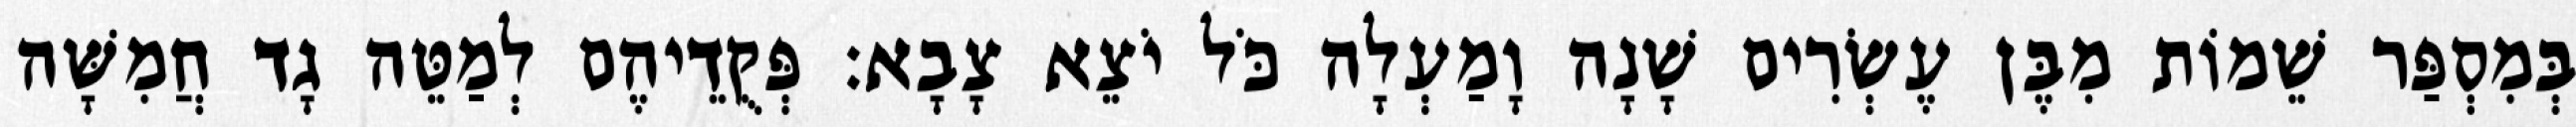
בְּמִסְפַּר שֵׁמוֹת מִבֶּן עֶשְׂרִים שָׁנָה וָמַעְלָה כֹּל יֹצֵא צָבָא׃ פְּקֻדֵיהֶם לְמַטֵּה גָד חֲמִשָּׁה